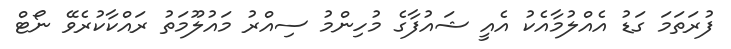
ފުރަތަމަ ގަޑު އެއްލުމާއެކު އެއީ ޝައުފާގެ މުހިންމު ސިއްރު މައުލޫމަތު ރައްކާކުރެވޭ ނޯޓް